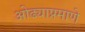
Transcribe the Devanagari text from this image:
ओढ्याप्रमाणे